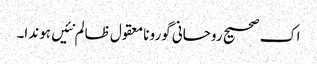
اک صحیح روحانی گورو نامعقول ظالم نئیں ہوندا۔